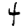
Digit: 4